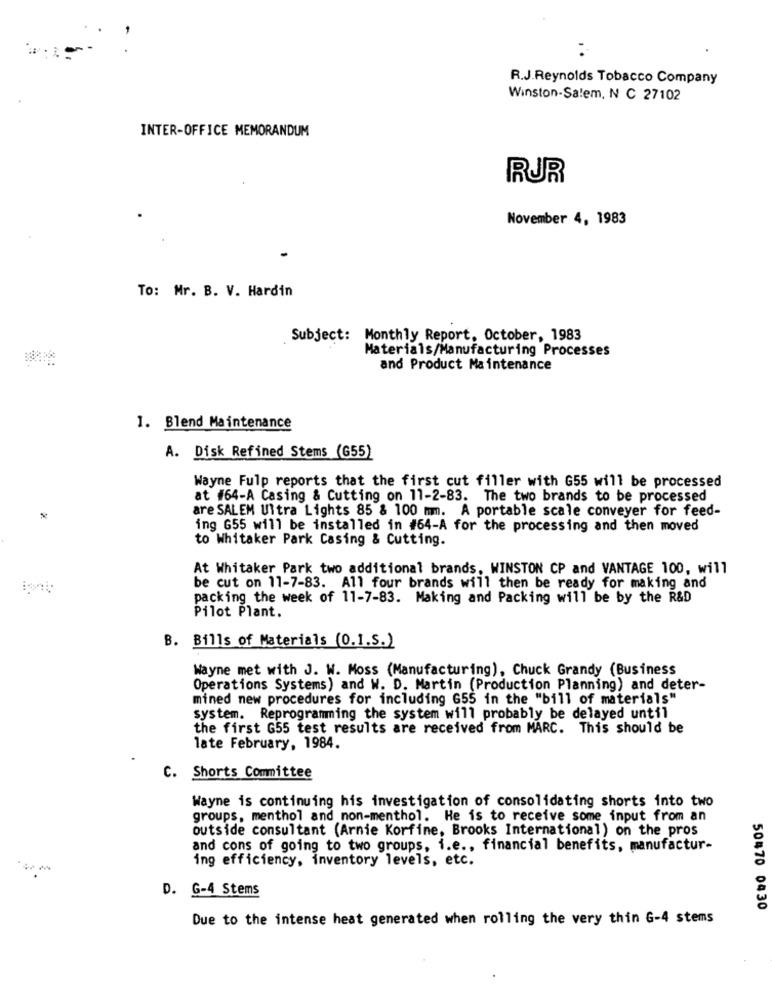
R.J.Reynolds Tobacco Company
Winston-Salem, N C 27102
INTER-OFFICE MEMORANDUM
RUR
November 4, 1983
To: Mr. B. V. Hardin
Subject: Monthly Report, October, 1983
Materials/Manufacturing Processes
and Product Maintenance
1. Blend Maintenance
A. Disk Refined Stems (G55)
Wayne Fulp reports that the first cut filler with G55 will be processed
at #64-A Casing & Cutting on 11-2-83. The two brands to be processed
are SALEM Ultra Lights 85 & 100 mm. A portable scale conveyer for feed-
ing G55 will be installed in #64-A for the processing and then moved
to Whitaker Park Casing & Cutting.
At Whitaker Park two additional brands, WINSTON CP and VANTAGE 100, will
be cut on 11-7-83. All four brands will then be ready for making and
packing the week of 11-7-83. Making and Packing will be by the R&D
Pilot Plant.
B. Bills of Materials (0.1.5.)
Wayne met with J. W. Moss (Manufacturing), Chuck Grandy (Business
Operations Systems) and W. D. Martin (Production Planning) and deter-
mined new procedures for including 655 in the "bill of materials"
system. Reprogramming the system will probably be delayed until
the first G55 test results are received from MARC. This should be
late February, 1984.
C. Shorts Committee
Wayne is continuing his investigation of consolidating shorts into two
groups, menthol and non-menthol. He is to receive some input from an
outside consultant (Arnie Korfine, Brooks International) on the pros
and cons of going to two groups, i.e ., financial benefits, manufactur-
ing efficiency, inventory levels, etc.
D. G-4 Stems
50470 0430
Due to the intense heat generated when rolling the very thin G-4 stems